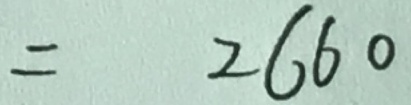
= 2 6 6 0